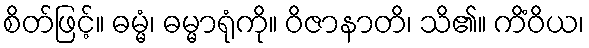
စိတ်ဖြင့်။ ဓမ္မံ၊ ဓမ္မာရုံကို။ ဝိဇာနာတိ၊ သိ၏။ ကိံဝိယ၊